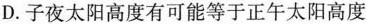
D.子夜太阳高度有可能等于正午太阳高度